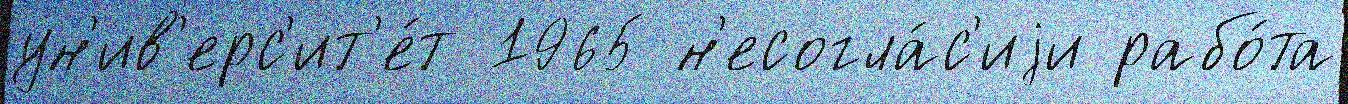
ун'ив'ерс'ит'е́т 1965 н'есогла́с'иjи рабо́та